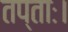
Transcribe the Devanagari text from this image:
तप्ताः।